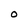
Character: 0